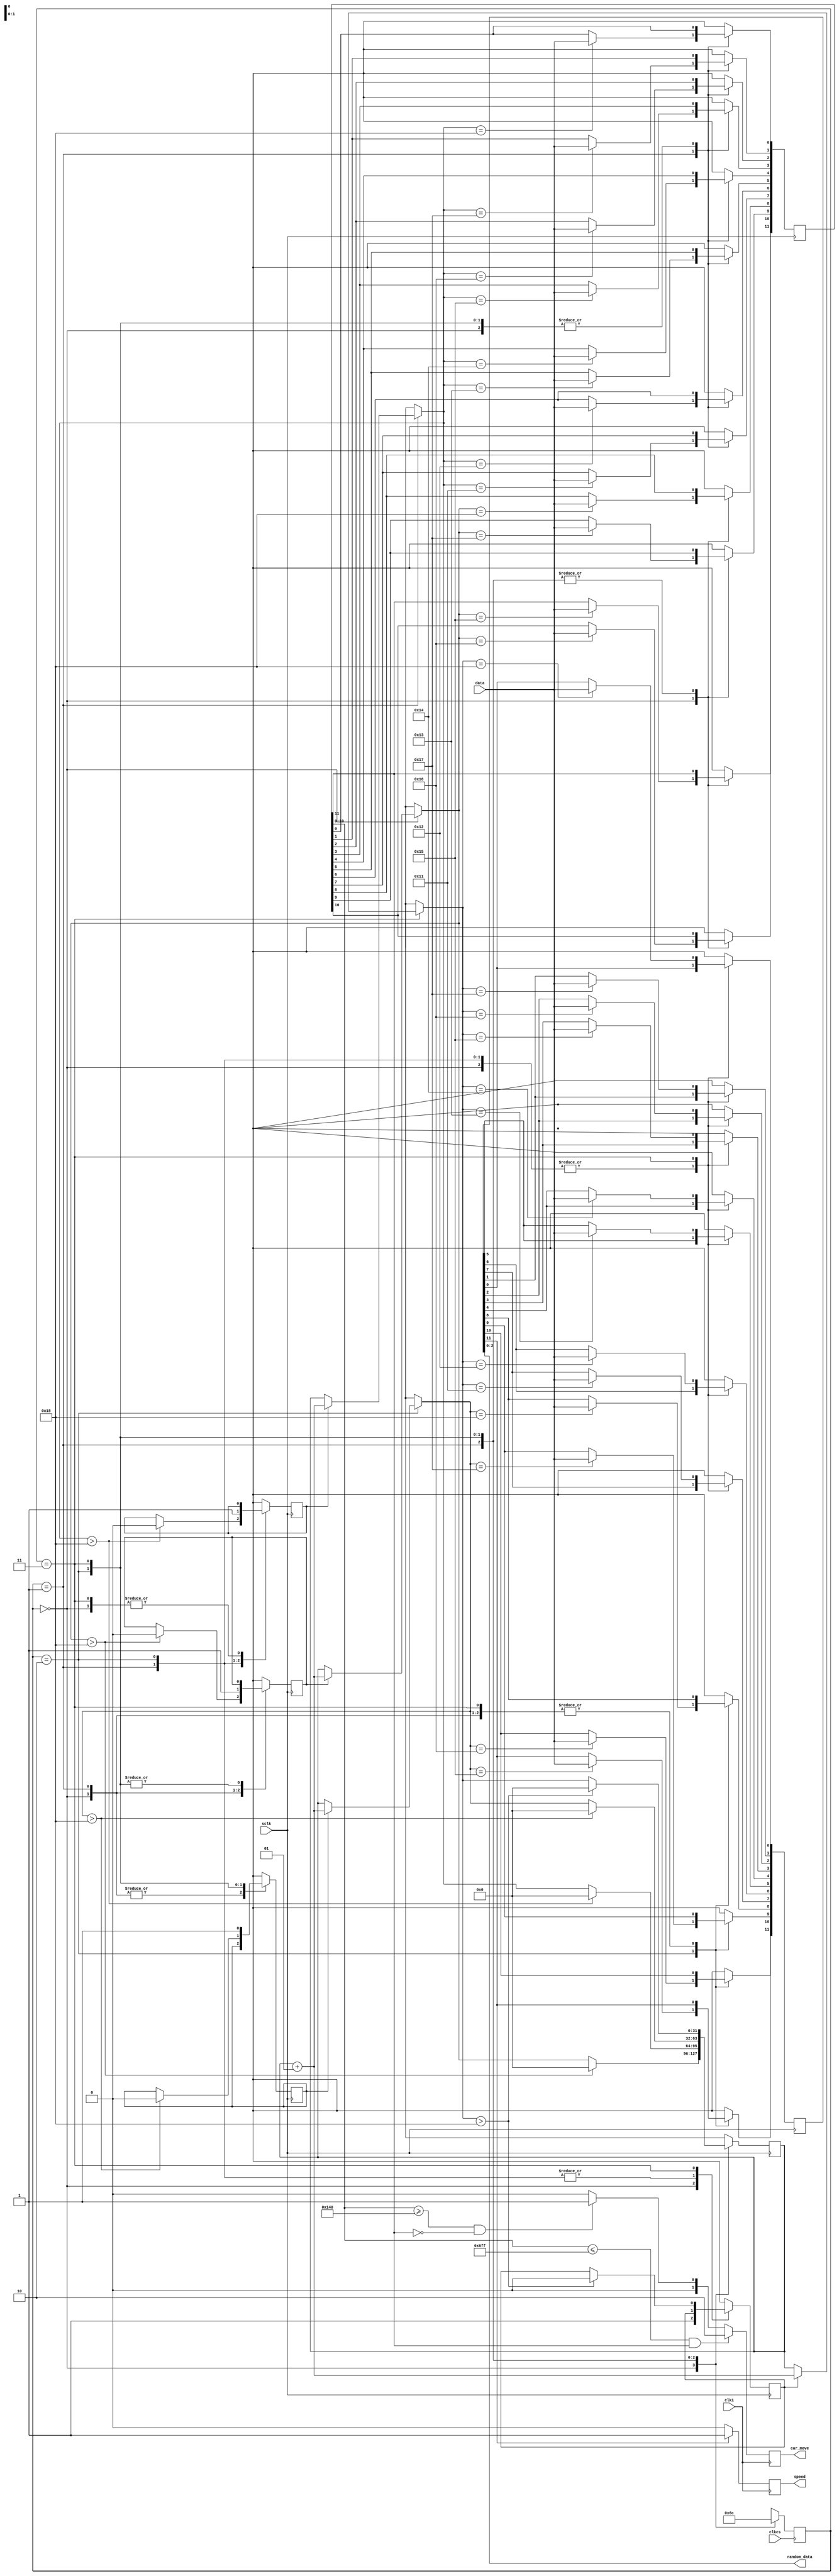
module gravity_sensor_in (
	input clkcs, sclk, data, clk1,
	output reg [1:0] car_move,
	output reg speed,
	output [2:0] random_data
);

reg [11:0] xvalue, yvalue;
parameter [1:0] x1=0,x2=2'b1,y1=2'b10,y2=2'b11;
reg [1:0] state=x1;
integer k=0;
reg fx1=1,fy1=1,fx2=1,fy2=1;

always @ (negedge clkcs) begin
	case(state)
		x1:
		state=x2;
		x2:
		state=y1;
		y1:
		state=y2;
		y2:
		state=x1;
	endcase
end

always @ (posedge sclk) begin
	case(state)
		x1:
		begin
			if (fx1==1)
				k=k+1;
			if (k==21) 
				xvalue[11]=data;
			if (k==22) 
				xvalue[10]=data;
			if (k==23) 
				xvalue[9]=data;
			if (k==24) 
				xvalue[8]=data;
			if (k>24) 
			begin 
				k=0; 
				fx1=0; 
			end
			fy2=1;
		end
		x2:
		begin
			if (fx2==1)
				k=k+1;
			if (k==17) 
				xvalue[7]=data;
			if (k==18) 
				xvalue[6]=data;
			if (k==19) 
				xvalue[5]=data;
			if (k==20) 
				xvalue[4]=data;
			if (k==21) 
				xvalue[3]=data;
			if (k==22) 
				xvalue[2]=data;
			if (k==23) 
				xvalue[1]=data;
			if (k==24) 
				xvalue[0]=data;
			if (k>24) 
			begin 
				k=0; 
				fx2=0; 
			end
			fx1=1;
		end
		y1:
		begin
			if (fy1==1)
				k=k+1;
			if (k==21) 
				yvalue[11]=data;
			if (k==22) 
				yvalue[10]=data;
			if (k==23) 
				yvalue[9]=data;
			if (k==24) 
				yvalue[8]=data;
			if (k>24) 
			begin 
				k=0; 
				fy1=0; 
			end
			fx2=1;
		end
		y2:
		begin
			if (fy2==1)
				k=k+1;
			if (k==17) 
				yvalue[7]=data;
			if (k==18) 
				yvalue[6]=data;
			if (k==19) 
				yvalue[5]=data;
			if (k==20) 
				yvalue[4]=data;
			if (k==21) 
				yvalue[3]=data;
			if (k==22) 
				yvalue[2]=data;
			if (k==23) 
				yvalue[1]=data;
			if (k==24) 
				yvalue[0]=data;
			if (k>24) 
			begin 
				k=0; 
				fy2=0; 
			end
			fy1=1;
		end
	endcase
end

always @(posedge clk1) begin
	if (yvalue[11]==1) 
		speed = 1;
	else
		speed = 0;
	if (xvalue[10:0]<=11'b11011111111&&xvalue[11]==1)
		car_move = 2'b10;
	else if (xvalue[10:0]>=11'b00101000000&&xvalue[11]==0)
		car_move = 2'b01;
	else
		car_move = 2'b00;
	

end

assign random_data = yvalue[2:0];

endmodule